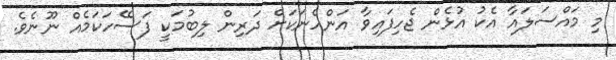
މި މައްސަލައާ އެކު އުޅެން ޖެހިފައިވާ އަންހެނަކަށް ދަރިން ލިބުމަކީ ފަސޭހަކަމެއް ނޫނެވެ.